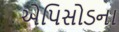
એપિસોડના